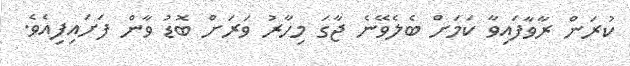
ކުރަން ރާވާފައިވާ ކަމަށް ބެލެވޭނެ ޖާގަ މިހާރު ވަރަށް ބޮޑު ވާން ފަށައިފިއެވެ.